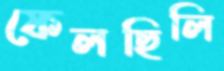
ফেলছিলি